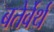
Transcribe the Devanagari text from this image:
बतेर्वेर्थ